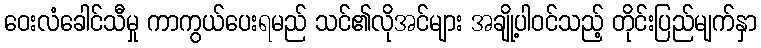
ဝေးလံခေါင်သီမှု ကာကွယ်ပေးရမည် သင်၏လိုအင်များ အချို့ပါဝင်သည့် တိုင်းပြည်မျက်နှာ